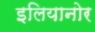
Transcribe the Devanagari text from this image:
इलियानोर